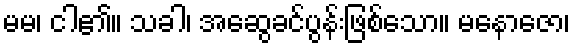
မမ၊ ငါ၏။ သခါ၊ အဆွေခင်ပွန်းဖြစ်သော။ မနောဇော၊